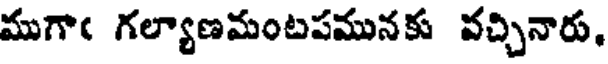
ముగాఁ గల్యాణమంటపమునకు వచ్చినారు.